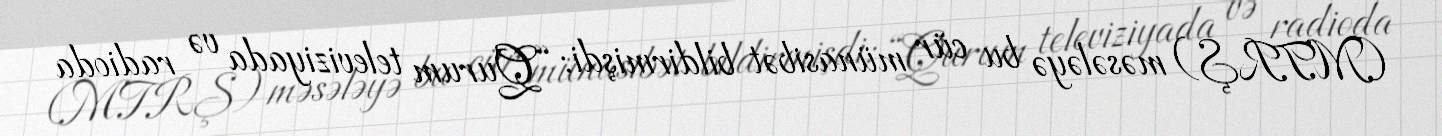
(MTRŞ) məsələyə bu cür münasibət bildirmişdi: “Qurum televiziyada və radioda